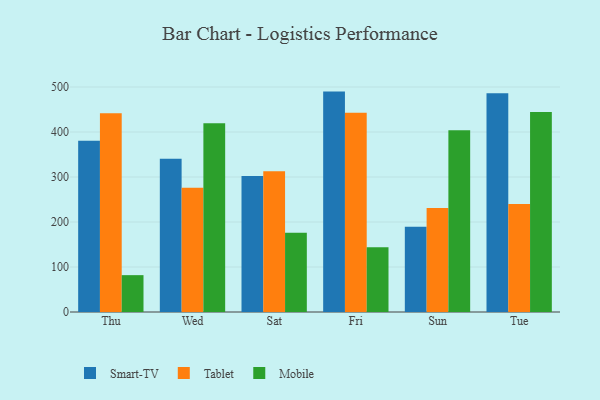
{"axis": {"x": "Day", "y": "Budget (USD K)"}, "legend": ["Mobile", "Smart-TV", "Tablet"], "data": [{"x": "Thu", "y": 380.8, "type": "Smart-TV"}, {"x": "Thu", "y": 441.8, "type": "Tablet"}, {"x": "Thu", "y": 81.9, "type": "Mobile"}, {"x": "Wed", "y": 340.7, "type": "Smart-TV"}, {"x": "Wed", "y": 276.0, "type": "Tablet"}, {"x": "Wed", "y": 419.7, "type": "Mobile"}, {"x": "Sat", "y": 302.3, "type": "Smart-TV"}, {"x": "Sat", "y": 312.8, "type": "Tablet"}, {"x": "Sat", "y": 176.1, "type": "Mobile"}, {"x": "Fri", "y": 489.8, "type": "Smart-TV"}, {"x": "Fri", "y": 442.6, "type": "Tablet"}, {"x": "Fri", "y": 143.8, "type": "Mobile"}, {"x": "Sun", "y": 189.2, "type": "Smart-TV"}, {"x": "Sun", "y": 231.0, "type": "Tablet"}, {"x": "Sun", "y": 403.7, "type": "Mobile"}, {"x": "Tue", "y": 486.3, "type": "Smart-TV"}, {"x": "Tue", "y": 239.9, "type": "Tablet"}, {"x": "Tue", "y": 444.7, "type": "Mobile"}]}